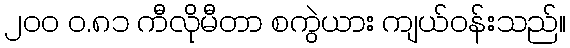
၂၀၀ ဝ.၈၁ ကီလိုမီတာ စကွဲယား ကျယ်ဝန်းသည်။